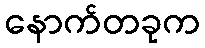
နောက်တခုက